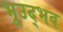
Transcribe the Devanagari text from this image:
भूउद्भव